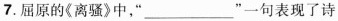
7. 屈原的《离骚》中，“___”一句表现了诗